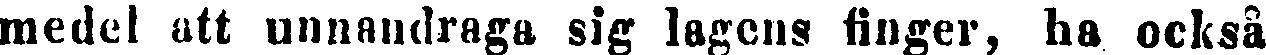
medel att unnandraga sig lagens finger, ha också